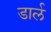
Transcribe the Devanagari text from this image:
डार्ल